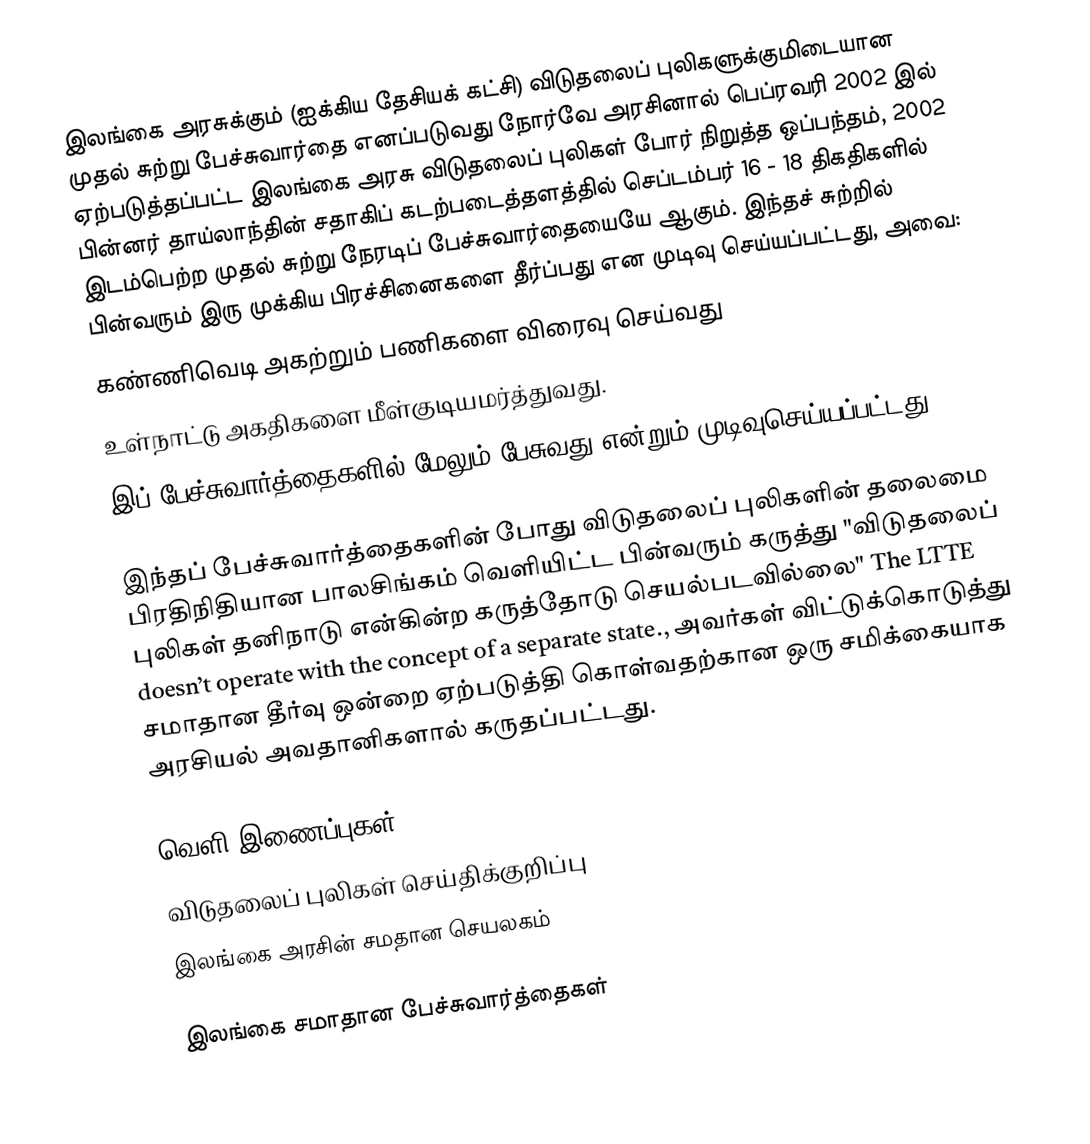
இலங்கை அரசுக்கும் (ஐக்கிய தேசியக் கட்சி) விடுதலைப் புலிகளுக்குமிடையான முதல் சுற்று பேச்சுவார்தை எனப்படுவது நோர்வே அரசினால் பெப்ரவரி 2002 இல் ஏற்படுத்தப்பட்ட இலங்கை அரசு விடுதலைப் புலிகள் போர் நிறுத்த ஒப்பந்தம், 2002 பின்னர் தாய்லாந்தின் சதாகிப் கடற்படைத்தளத்தில்  செப்டம்பர் 16 - 18 திகதிகளில் இடம்பெற்ற முதல் சுற்று நேரடிப் பேச்சுவார்தையையே ஆகும்.  இந்தச் சுற்றில் பின்வரும் இரு முக்கிய பிரச்சினைகளை தீர்ப்பது என முடிவு செய்யப்பட்டது, அவை:
 கண்ணிவெடி அகற்றும் பணிகளை விரைவு செய்வது
 உள்நாட்டு அகதிகளை மீள்குடியமர்த்துவது.
இப் பேச்சுவார்த்தைகளில் மேலும் பேசுவது என்றும் முடிவுசெய்யப்பட்டது.

இந்தப் பேச்சுவார்த்தைகளின் போது விடுதலைப் புலிகளின் தலைமை பிரதிநிதியான பாலசிங்கம் வெளியிட்ட பின்வரும் கருத்து "விடுதலைப் புலிகள் தனிநாடு என்கின்ற கருத்தோடு செயல்படவில்லை" The LTTE doesn’t operate with the concept of a separate state., அவர்கள் விட்டுக்கொடுத்து சமாதான தீர்வு ஒன்றை ஏற்படுத்தி கொள்வதற்கான ஒரு சமிக்கையாக அரசியல் அவதானிகளால் கருதப்பட்டது.

வெளி இணைப்புகள்
 விடுதலைப் புலிகள் செய்திக்குறிப்பு
 இலங்கை அரசின் சமதான செயலகம்

இலங்கை சமாதான பேச்சுவார்த்தைகள்